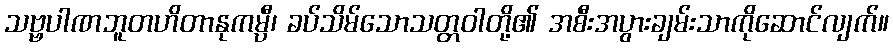
သဗ္ဗပါဏဘူတဟိတာနုကမ္ပီ၊ ခပ်သိမ်သောသတ္တဝါတို့၏ အစီးအပွားချမ်းသာကိုဆောင်လျက်။